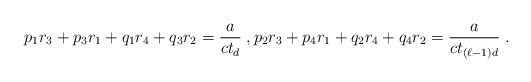
\begin{align*}p_1 r_3 + p_3 r_1 + q_1 r_4 + q_3 r_2 = \frac{a}{c t_d} \;, p_2 r_3 + p_4 r_1 + q_2 r_4 + q_4 r_2 = \frac{a}{c t_{(\ell-1)d}} \;. \end{align*}